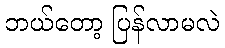
ဘယ်တော့ ပြန်လာမလဲ